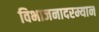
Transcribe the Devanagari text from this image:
विभाजनादरम्यान